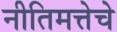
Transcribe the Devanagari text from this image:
नीतिमत्तेचे